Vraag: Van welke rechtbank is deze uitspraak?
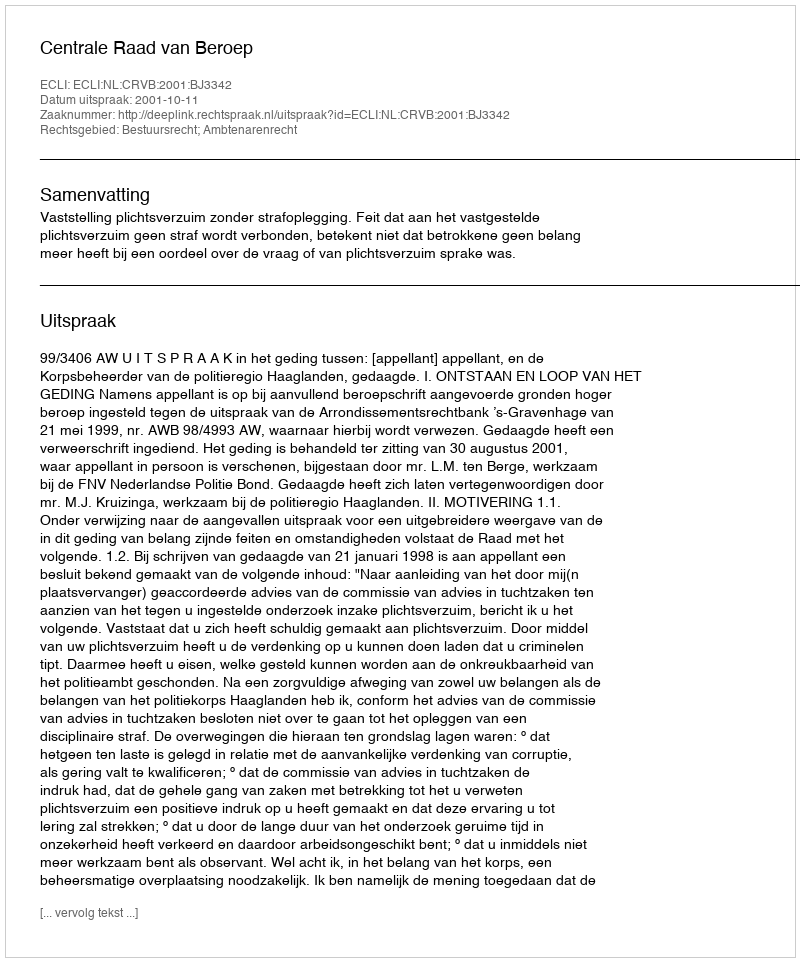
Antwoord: Centrale Raad van Beroep